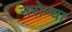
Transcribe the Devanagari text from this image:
नरोन्या